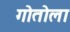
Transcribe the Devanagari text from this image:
गोतोला